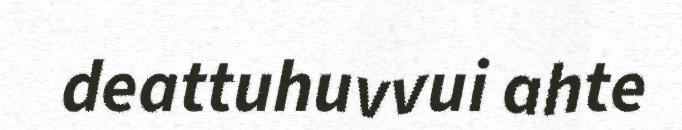
deattuhuvvui ahte